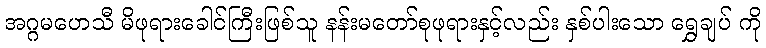
အဂ္ဂမဟေသီ မိဖုရားခေါင်ကြီးဖြစ်သူ နန်းမတော်စုဖုရားနှင့်လည်း နှစ်ပါးသော ရွှေချပ် ကို